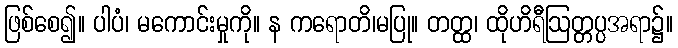
ဖြစ်စေ၍။ ပါပံ၊ မကောင်းမှုကို။ န ကရောတိ၊မပြု။ တတ္ထ၊ ထိုဟိရီဩတ္တပ္ပအရာ၌။